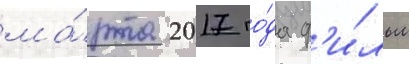
ма́рта 2017 го́да ф'и́льм